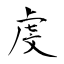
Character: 虔